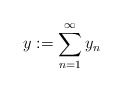
\begin{align*}y := \sum_{n=1}^\infty y_n\end{align*}